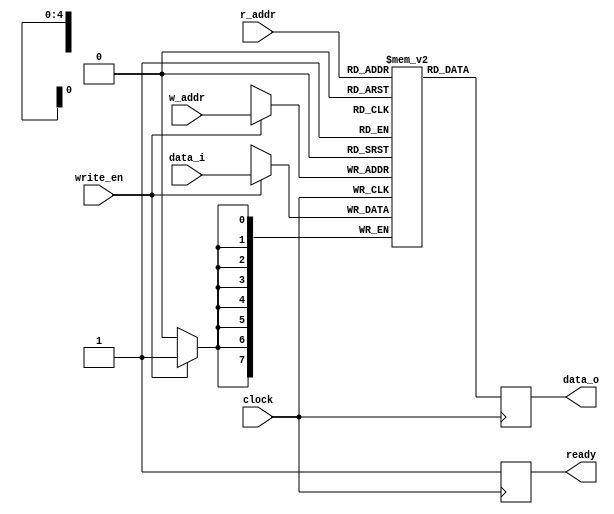
module gnr_ram #(
	parameter WIDTH = 8,
	parameter DEPTH = 32,
    parameter DATAFILE = ""
)(
	input clock,
	input write_en,
    input [$clog2(DEPTH) - 1:0] w_addr,
	input [WIDTH - 1:0] data_i,
    input [$clog2(DEPTH) - 1:0] r_addr,
    output reg ready,
	output [WIDTH - 1:0] data_o
);
    reg [WIDTH - 1:0] words[DEPTH - 1:0];

    generate if (DATAFILE)
        initial begin
            $readmemh(DATAFILE, words);
        end
    endgenerate

    always @ (posedge clock) begin
        data_o <= words[r_addr];
        ready <= 1'b1;
		if (write_en)
            words[w_addr] <= data_i;
    end
endmodule